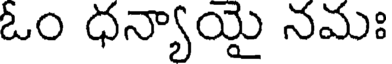
ఓం ధన్యాయై నమః